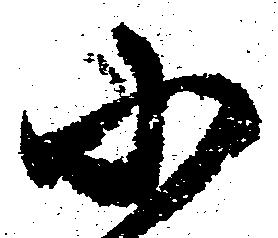
小